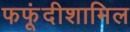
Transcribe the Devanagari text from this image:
फफूंदीशामिल